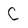
Character: C